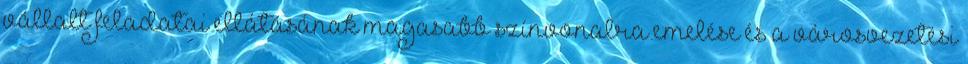
vállalt feladatai ellátásának magasabb színvonalra emelése és a városvezetési